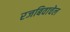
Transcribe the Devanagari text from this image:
रजबिवाचेल